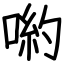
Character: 喲